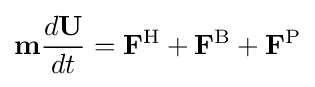
\mathbf {m} {\frac {d\mathbf {U} }{dt}}=\mathbf {F} ^{\mathrm {H} }+\mathbf {F} ^{\mathrm {B} }+\mathbf {F} ^{\mathrm {P} }